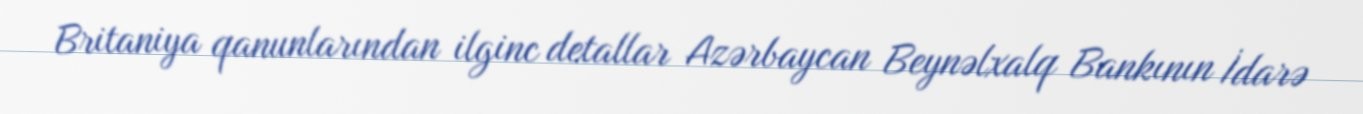
Britaniya qanunlarından ilginc detallar Azərbaycan Beynəlxalq Bankının İdarə